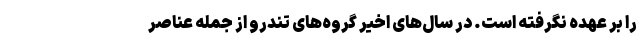
را بر عهده نگرفته است. در سال‌های اخیر گروه‌های تندرو از جمله عناصر